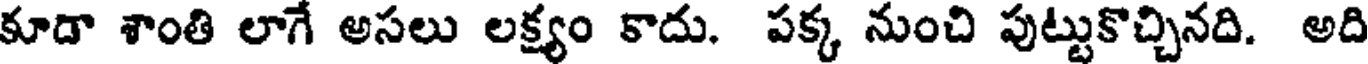
కూడా శాంతి లాగే అసలు లక్ష్యం కాదు. పక్క నుంచి పుట్టుకొచ్చినది. అది